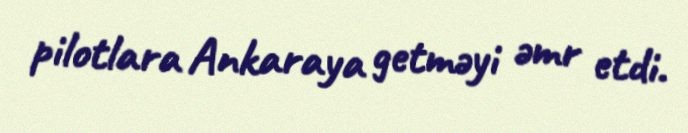
pilotlara Ankaraya getməyi əmr etdi.